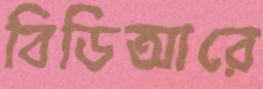
বিডিআরে